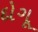
દોગૂ